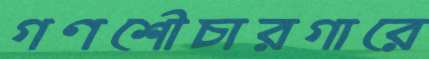
গণশৌচারগারে